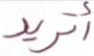
أتريد